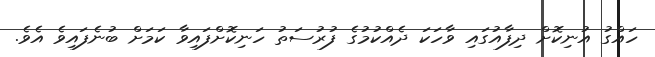
ހައްގު އުނިކޮށް ދިފާއުގައި ވާހަކަ ދެއްކުމުގެ ފުރުސަތު ހަނިކޮށްފައިވާ ކަމަށް ބުނެފައިވެ އެވެ.